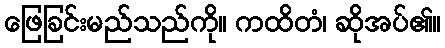
ဖြေခြင်းမည်သည်ကို။ ကထိတံ၊ ဆိုအပ်၏။